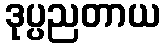
ဒုပ္ပညတာယ